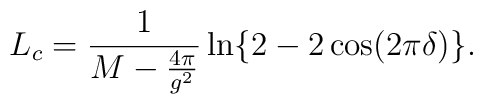
L_c=\frac{1}{M-\frac{4\pi}{g^2}}\ln\{2-2\cos(2\pi\delta)\}.